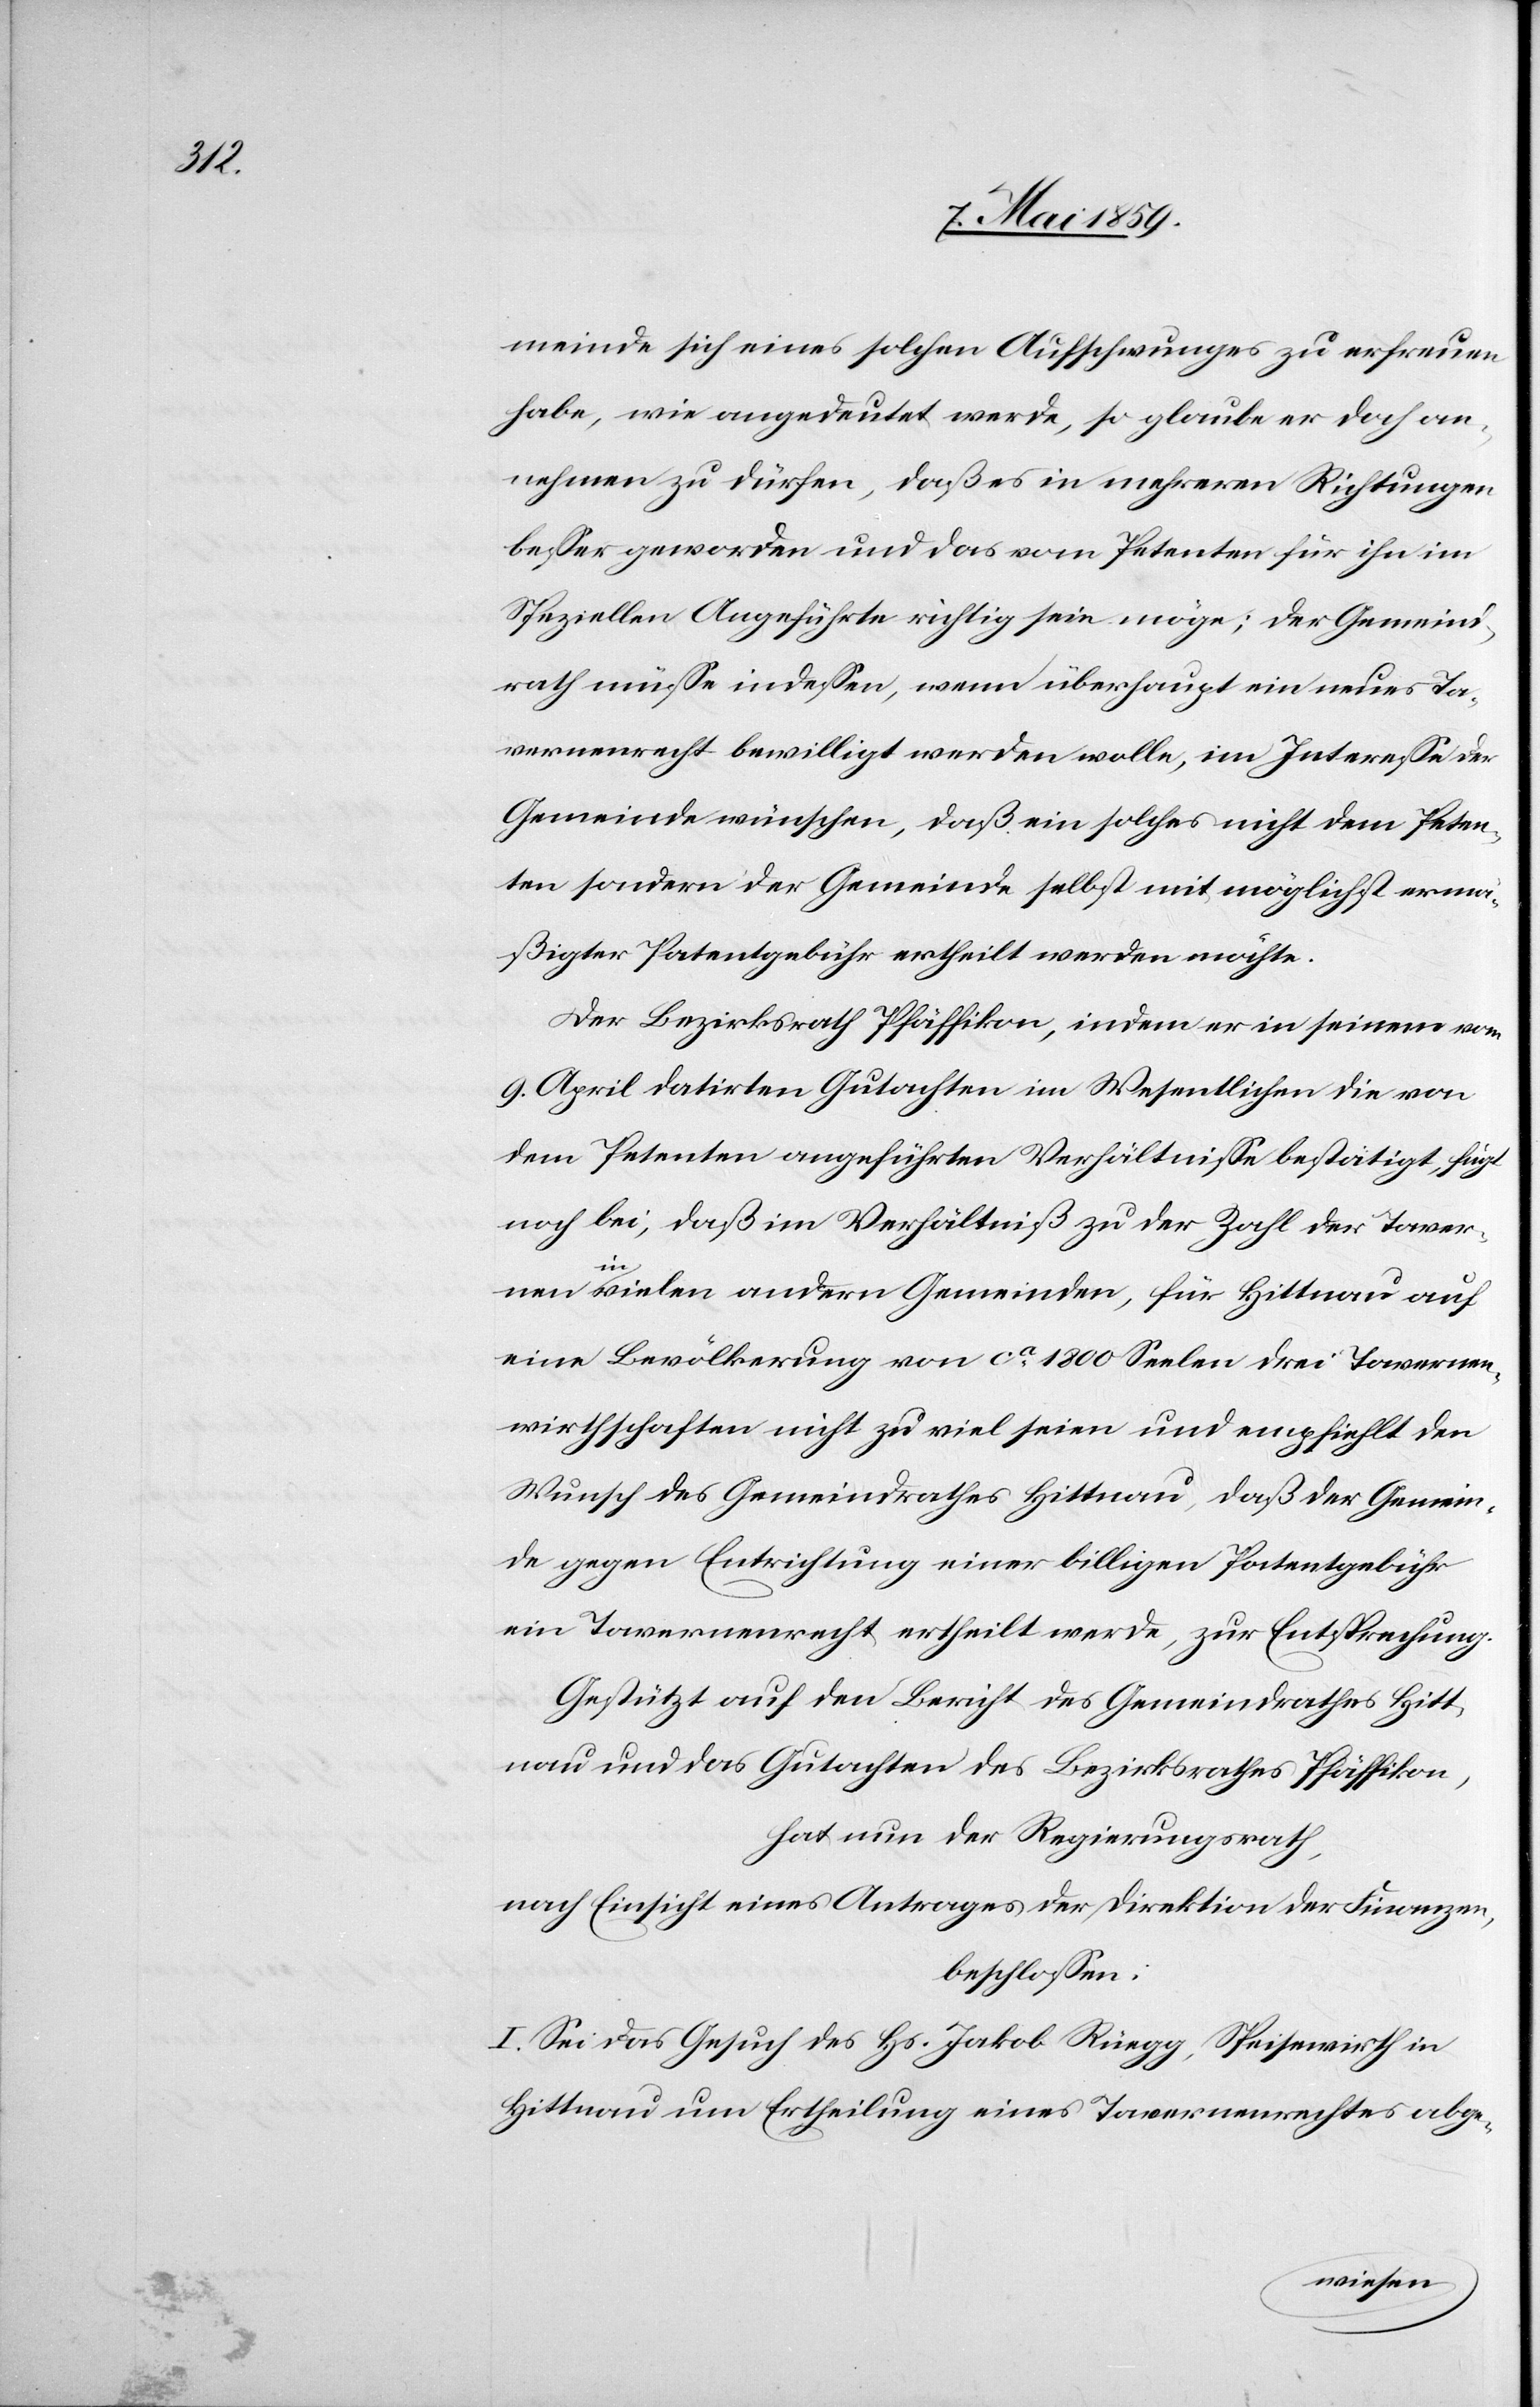
meinde sich eines solchen Aufschwunges zu erfreuen
habe, wie angedeutet werde, so glaube er doch an¬
nehmen zu dürfen, daß es in mehreren Richtungen
beßer geworden und das vom Petenten für ihn im
Speziellen Angeführte richtig sein möge; der Gemeind¬
rath müße indeßen, wenn überhaupt ein neues Ta¬
vernenrecht bewilligt werden wolle, im Intereße der
Gemeinde wünschen, daß ein solches nicht dem Peten¬
ten sondern der Gemeinde selbst mit möglichst ermä¬
ßigter Patentgebühr ertheilt werden möchte.
Der Bezirksrath Pfäffikon, indem er in seinem vom
9. April datirten Gutachten im Wesentlichen die von
dem Petenten angeführten Verhältniße bestätigt, fügt
noch bei, daß im Verhältniß zu der Zahl der Taver¬
nen
in vielen andern Gemeinden, für Hittnau auf
eine Bevölkerung von ca 1800 Seelen drei Tavernen¬
wirthschaften nicht zu viel seien und empfiehlt den
Wunsch des Gemeindrathes Hittnau, daß der Gemein¬
de gegen Entrichtung einer billigen Patentgebühr
ein Tavernenrecht ertheilt werde, zur Entsprechung.
Gestützt auf den Bericht des Gemeindrathes Hitt¬
nau und das Gutachten des Bezirksrathes Pfäffikon,
hat nun der Regierungsrath,
nach Einsicht eines Antrages der Direktion der Finanzen,
beschloßen:
I. Sei das Gesuch des Hs. Jakob Rüegg, Speisewirth in
Hittnau um Ertheilung eines Tavernenrechtes abge-